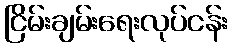
ငြိမ်းချမ်းရေးလုပ်ငန်း